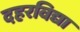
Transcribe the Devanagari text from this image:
दहरविद्या